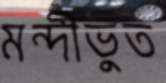
মন্দীভুত